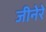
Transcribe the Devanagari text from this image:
जीनेरे